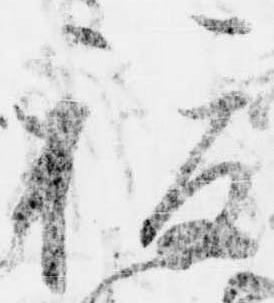
複